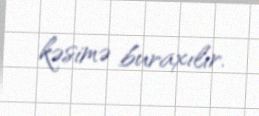
kəsimə buraxılır.